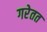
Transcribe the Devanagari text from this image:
गरेतत